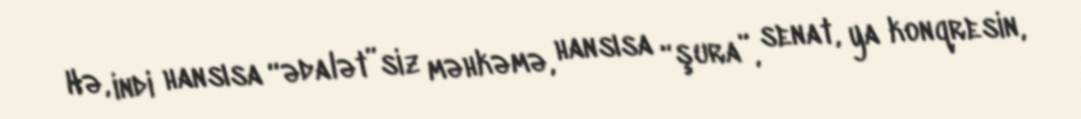
Hə, indi hansısa “ədalət”siz məhkəmə, hansısa “şura”, senat, ya konqresin,